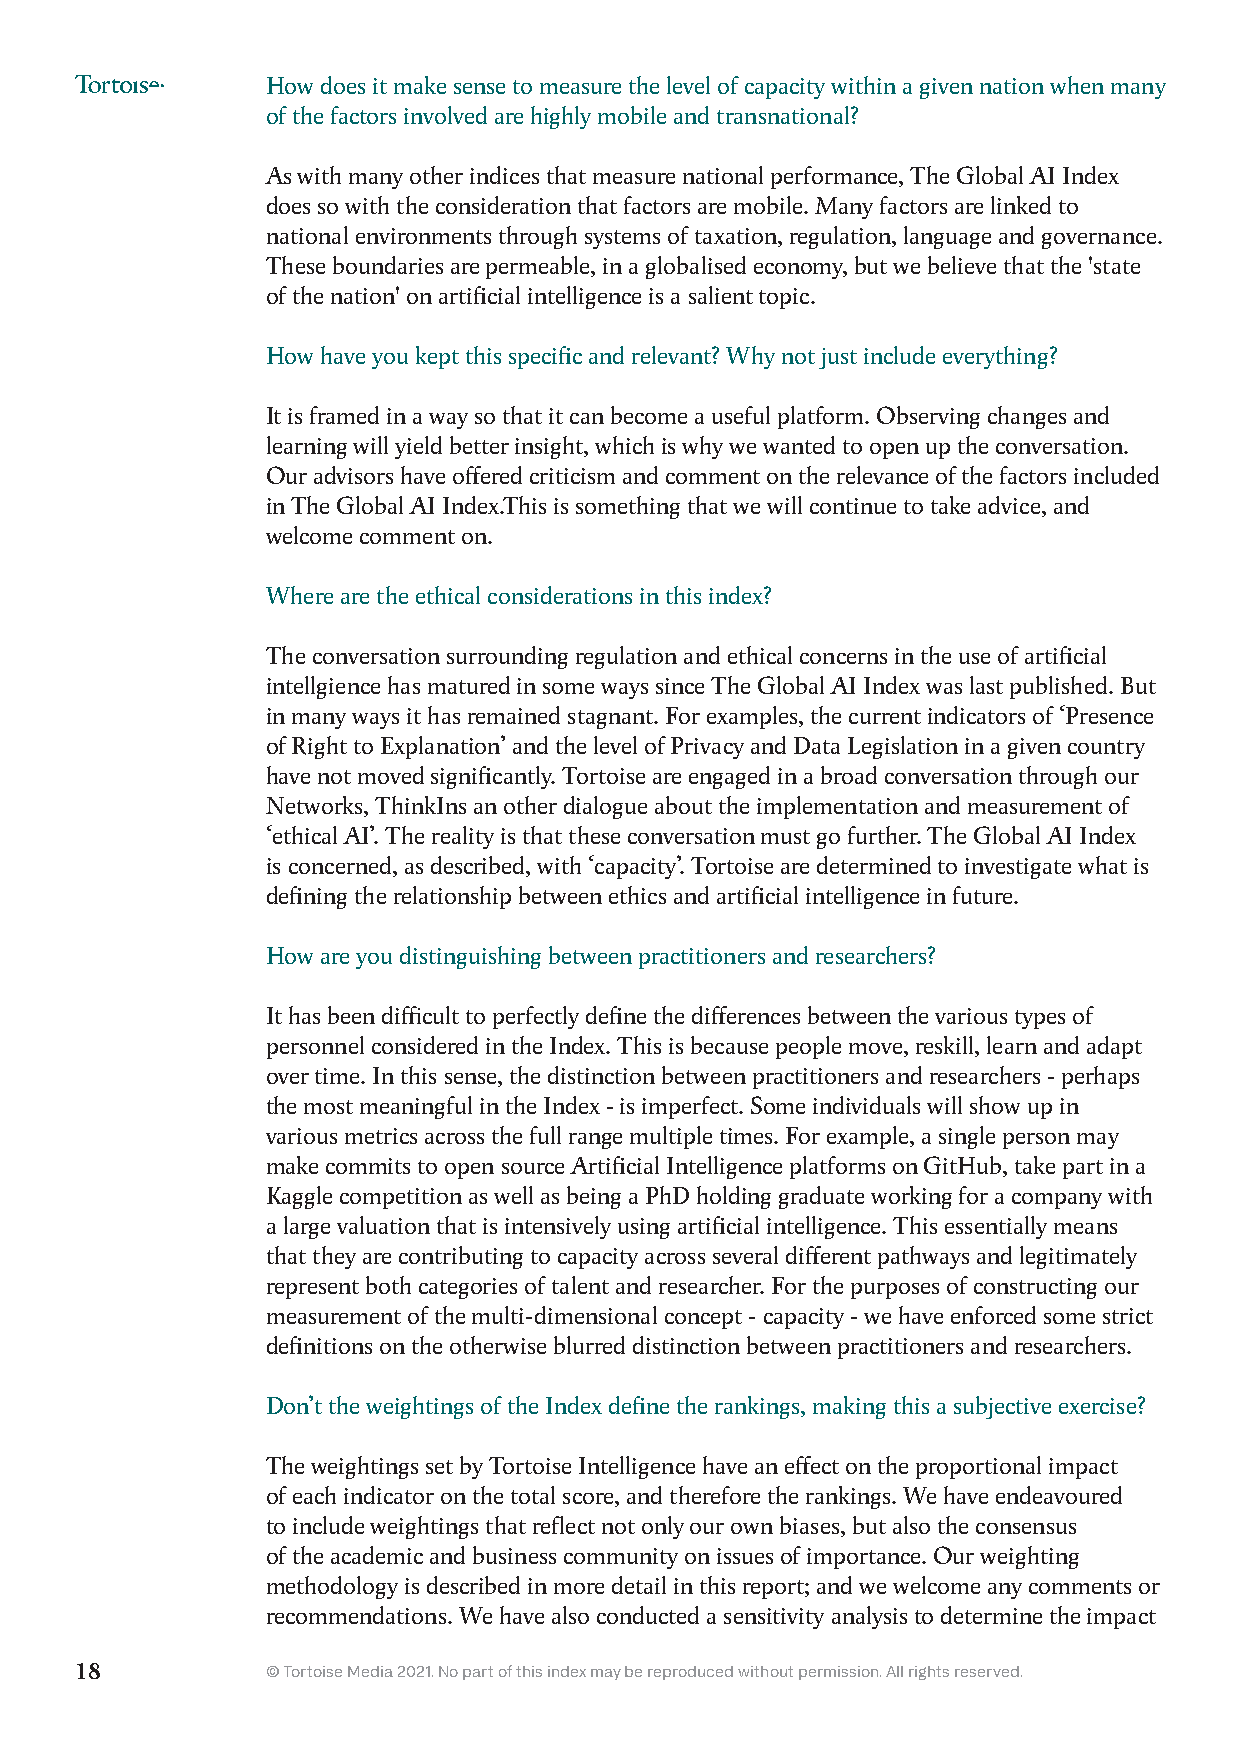
How does it make sense to measure the level of capacity within a given nation when many
 of the factors involved are highly mobile and transnational?
 As with many other indices that measure national performance, The Global AI Index
 does so with the consideration that factors are mobile. Many factors are linked to
 national environments through systems of taxation, regulation, language and governance.
 These boundaries are permeable, in a globalised economy, but we believe that the 'state
 of the nation' on artificial intelligence is a salient topic.
 How have you kept this specific and relevant? Why not just include everything?
 It is framed in a way so that it can become a useful platform. Observing changes and
 learning will yield better insight, which is why we wanted to open up the conversation.
 Our advisors have offered criticism and comment on the relevance of the factors included
 in The Global AI Index.This is something that we will continue to take advice, and
 welcome comment on.
 Where are the ethical considerations in this index?
 The conversation surrounding regulation and ethical concerns in the use of artificial
 intellgience has matured in some ways since The Global AI Index was last published. But
 in many ways it has remained stagnant. For examples, the current indicators of ‘Presence
 of Right to Explanation’ and the level of Privacy and Data Legislation in a given country
 have not moved significantly. Tortoise are engaged in a broad conversation through our
 Networks, ThinkIns an other dialogue about the implementation and measurement of
 ‘ethical AI’. The reality is that these conversation must go further. The Global AI Index
 is concerned, as described, with ‘capacity’. Tortoise are determined to investigate what is
 defining the relationship between ethics and artificial intelligence in future.
 How are you distinguishing between practitioners and researchers?
 It has been difficult to perfectly define the differences between the various types of
 personnel considered in the Index. This is because people move, reskill, learn and adapt
 over time. In this sense, the distinction between practitioners and researchers - perhaps
 the most meaningful in the Index - is imperfect. Some individuals will show up in
 various metrics across the full range multiple times. For example, a single person may
 make commits to open source Artificial Intelligence platforms on GitHub, take part in a
 Kaggle competition as well as being a PhD holding graduate working for a company with
 a large valuation that is intensively using artificial intelligence. This essentially means
 that they are contributing to capacity across several different pathways and legitimately
 represent both categories of talent and researcher. For the purposes of constructing our
 measurement of the multi-dimensional concept - capacity - we have enforced some strict
 definitions on the otherwise blurred distinction between practitioners and researchers.
 Don’t the weightings of the Index define the rankings, making this a subjective exercise?
 The weightings set by Tortoise Intelligence have an effect on the proportional impact
 of each indicator on the total score, and therefore the rankings. We have endeavoured
 to include weightings that reflect not only our own biases, but also the consensus
 of the academic and business community on issues of importance. Our weighting
 methodology is described in more detail in this report; and we welcome any comments or
 recommendations. We have also conducted a sensitivity analysis to determine the impact
 18           © Tortoise Media 2021. No part of this index may be reproduced without permission. All rights reserved.